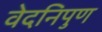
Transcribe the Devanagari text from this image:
वेदनिपुण